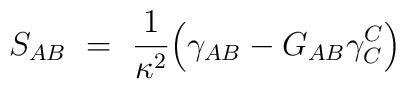
S_{AB}\ =\ \frac{1}{\kappa^2}\Big( \gamma_{AB}-G_{AB}\gamma^C_C\Big)